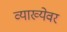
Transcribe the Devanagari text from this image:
व्याख्येवर